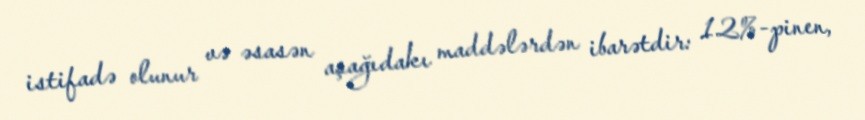
istifadə olunur və əsasən aşağıdakı maddələrdən ibarətdir: 12%-pinen,